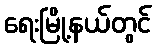
ရေးမြို့နယ်တွင်